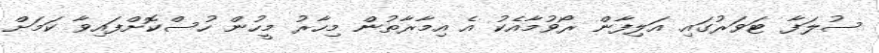
ސުލަފާ ޓަވަރުގައި އަލިފާން ރޯވުމާއެކު އެ އިމާރާތުން މިހާރު މީހުން ހުސްކޮށްފައިވާ ކަމަށް